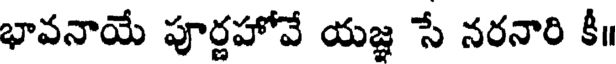
భావనాయే పూర్ణహోవే యజ్ఞ సే నరనారి కీ